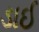
ડાઈ